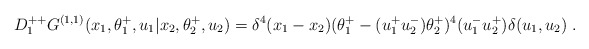
\begin{align*}D^{++}_1 G^{(1,1)} (x_1,\theta^+_1,u_1\vert x_2,\theta^+_2,u_2) = \delta^4(x_1-x_2)(\theta^+_1-(u^+_1u^-_2)\theta^+_2)^4(u^-_1u^+_2)\delta (u_1,u_2)\;.\end{align*}